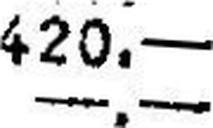
—.—